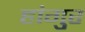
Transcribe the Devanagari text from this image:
हांगुर